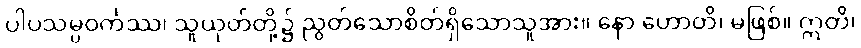
ပါပသမ္ပဝင်္ကဿ၊ သူယုတ်တို့၌ ညွတ်သောစိတ်ရှိသောသူအား။ နော ဟောတိ၊ မဖြစ်။ ဣတိ၊